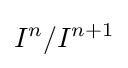
I^{n}/I^{n+1}